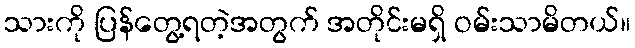
သားကို ပြန်တွေ့ရတဲ့အတွက် အတိုင်းမရှိ ဝမ်းသာမိတယ်။